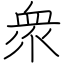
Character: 衆